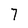
Character: 7